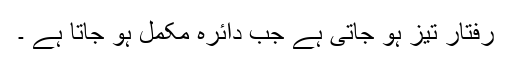
رفتار تیز ہو جاتی ہے جب دائرہ مکمل ہو جاتا ہے ۔